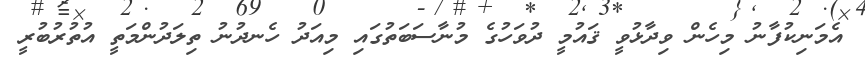
އެމަނިކުފާނު މިހެން ވިދާޅުވީ ޤައުމީ ދުވަހުގެ މުނާސަބަތުގައި މިއަދު ހެނދުނު ތިލަދުންމަތީ އުތުރުބުރީ